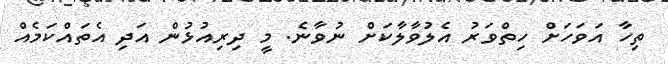
ތިހާ އަވަހަށް ހިތްވަރު އެލުވާލާކަށް ނުވާނެ. މީ ދިރިއުޅުން އަދި އެތައްކަމެއް